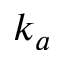
k _ { a }